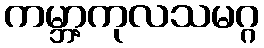
ကမ္ဘာ့ကုလသမဂ္ဂ